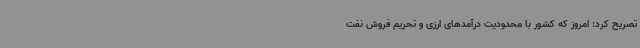
تصریح کرد: امروز که کشور با محدودیت درآمدهای ارزی و تحریم فروش نفت